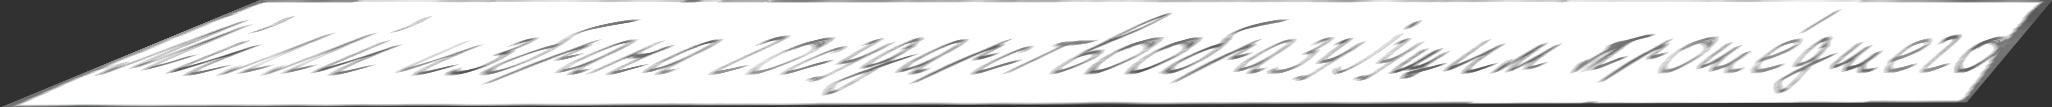
М'илл'и избрана государствообразуjущим проше́дшего